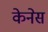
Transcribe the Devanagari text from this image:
केनेस